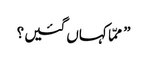
” ممّا کہاں گئیں ؟